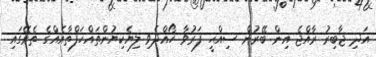
އަދި ޖާބިރު ރާއްޖެ އިން ބޭރުން ސިއްޙީ ފަރުވާ ހޯއްދެވި ލިޔެކިޔުންތައްހަފްތާއެއްގެ ތެރޭގައި